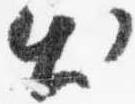
出